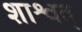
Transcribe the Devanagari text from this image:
शाश्वत्‌